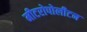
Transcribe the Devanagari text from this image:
मीटरोपोलीटन